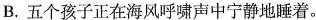
B.五个孩子正在海风呼啸声中宁静地睡着。